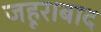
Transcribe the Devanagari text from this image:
जहूराबाद